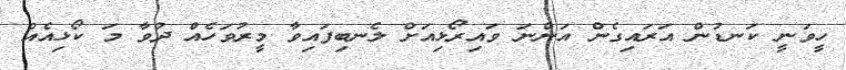
ހީވަނީ ކަނޑުން އަރައިގެން އަންނަ ވައިރޯޅިއަށް ލެނބިފައިވާ މީރުވަހެއް ދުވާ މަ ކޯޅިއެއް